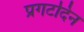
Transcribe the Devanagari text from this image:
प्रगटदिन